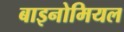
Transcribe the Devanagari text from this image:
बाइनोमियल